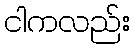
ငါကလည်း